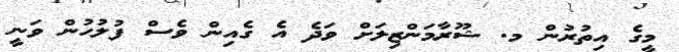
މީގެ އިތުރުން މ. ޝޫރާމަންޒިލަށް ވަދެ އެ ގެއިން ވެސް ފުލުހުން ވަނީ